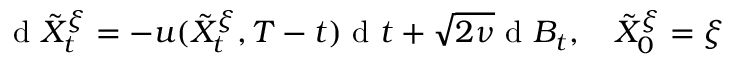
\textrm { d } \tilde { X } _ { t } ^ { \xi } = - u ( \tilde { X } _ { t } ^ { \xi } , T - t ) \textrm { d } t + \sqrt { 2 \nu } \textrm { d } B _ { t } , \quad \tilde { X } _ { 0 } ^ { \xi } = \xi